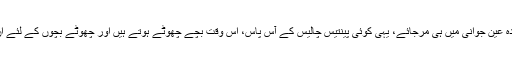
میرے نزدیک تو جی اس مسئلے کا ایک ہی حل ہے کہ بندہ عین جوانی میں ہی مرجائے، یہی کوئی پینتیس چالیس کے آس پاس، اس وقت بچے چھوٹے ہوتے ہیں اور چھوٹے بچوں کے لئے ان کے باپ سے زیادہ کوئی چیز اہم نہیں ہوتی اس دنیامیں۔